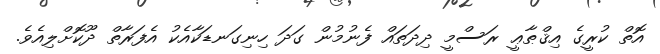
އޮތް ކުރީގެ އިޤްޠާޢީ ރަސްމީ ދިދަތައް ފެނުމުން ގަދަ ހިނިގަނޑަކާއެކު އެފަރާތް ދޫކޮށްލިއެވެ.